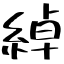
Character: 綽